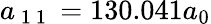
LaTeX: a_{\mathrm{~1~1~}}=130.041a_{0}